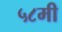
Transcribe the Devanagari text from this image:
५८मी